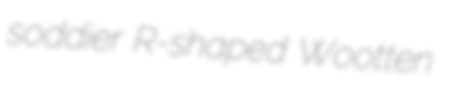
soddier R-shaped Wootten